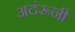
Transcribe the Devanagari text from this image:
अदंरूनी